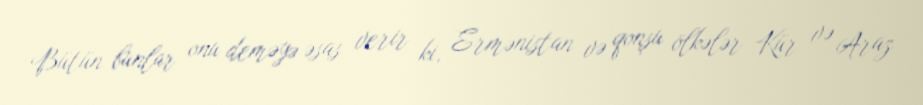
Bütün bunlar onu deməyə əsas verir ki, Ermənistan və qonşu ölkələr Kür və Araz